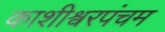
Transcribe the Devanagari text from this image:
काशीश्वरपंचम